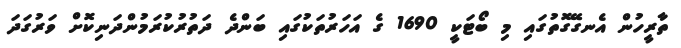
ތާރީހުން އެނގޭގޮތުގައި މި ބޯޓަކީ 1690 ގެ އަހަރުތަކުގައި ބަންދެ ދަތުރުކުރަމުންދަނިކޮށް ވަރުގަދަ